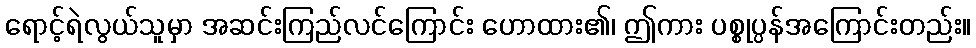
ရောင့်ရဲလွယ်သူမှာ အဆင်းကြည်လင်ကြောင်း ဟောထား၏၊ ဤကား ပစ္စုပ္ပန်အကြောင်းတည်း။